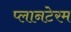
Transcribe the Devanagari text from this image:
प्लानटेरम